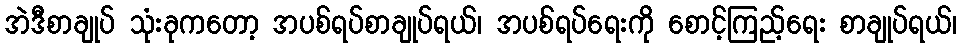
အဲဒီစာချုပ် သုံးခုကတော့ အပစ်ရပ်စာချုပ်ရယ်၊ အပစ်ရပ်ရေးကို စောင့်ကြည့်ရေး စာချုပ်ရယ်၊